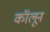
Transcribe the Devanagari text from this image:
कॉलून